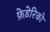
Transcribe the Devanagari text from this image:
फ़े़डेरिको